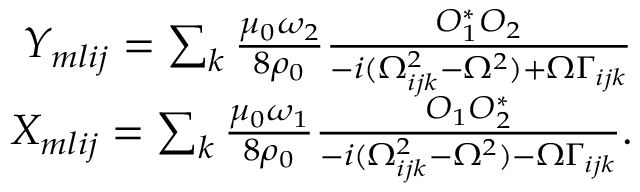
\begin{array} { r } { Y _ { m l i j } = \sum _ { k } \frac { { \mu _ { 0 } \omega _ { 2 } } } { 8 \rho _ { 0 } } \frac { O _ { 1 } ^ { * } O _ { 2 } } { - i ( \Omega _ { i j k } ^ { 2 } - \Omega ^ { 2 } ) + \Omega \Gamma _ { i j k } } } \\ { X _ { m l i j } = \sum _ { k } \frac { { \mu _ { 0 } \omega _ { 1 } } } { 8 \rho _ { 0 } } \frac { O _ { 1 } O _ { 2 } ^ { * } } { - i ( \Omega _ { i j k } ^ { 2 } - \Omega ^ { 2 } ) - \Omega \Gamma _ { i j k } } . } \end{array}